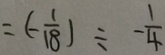
= ( - \frac { 1 } { 1 8 } ) \div - \frac { 1 } { 4 }